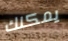
يمكنك